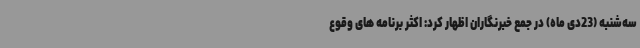
سه‌شنبه (23دی ماه) در جمع خبرنگاران اظهار کرد: اکثر برنامه های وقوع